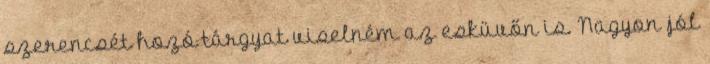
szerencsét hozó tárgyat viselném az esküvőn is. Nagyon jól